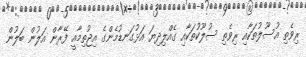
ރިވެތި އުސޫލުތަކާއި ރިވެތި ސުލޫކުތަކާއި ގެއްލިދިޔަ އަޅުގަނޑުމެންގެ އިޖުތިމާއީ ފޭރާން އަލުން ބަލުން